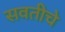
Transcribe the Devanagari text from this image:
सवतीचे